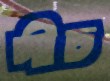
পীচ